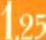
1,25